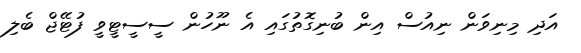
އަދި މިނިވަން ނިއުސް އިން ބުނިގޮތުގައި އެ ނޫހުން ސީސީޓީވީ ފުޓޭޖް ބެލި